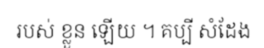
របស់ ខ្លួន ឡើយ ។ គប្បី សំដែង